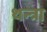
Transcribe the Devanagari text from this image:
थन्त्रा